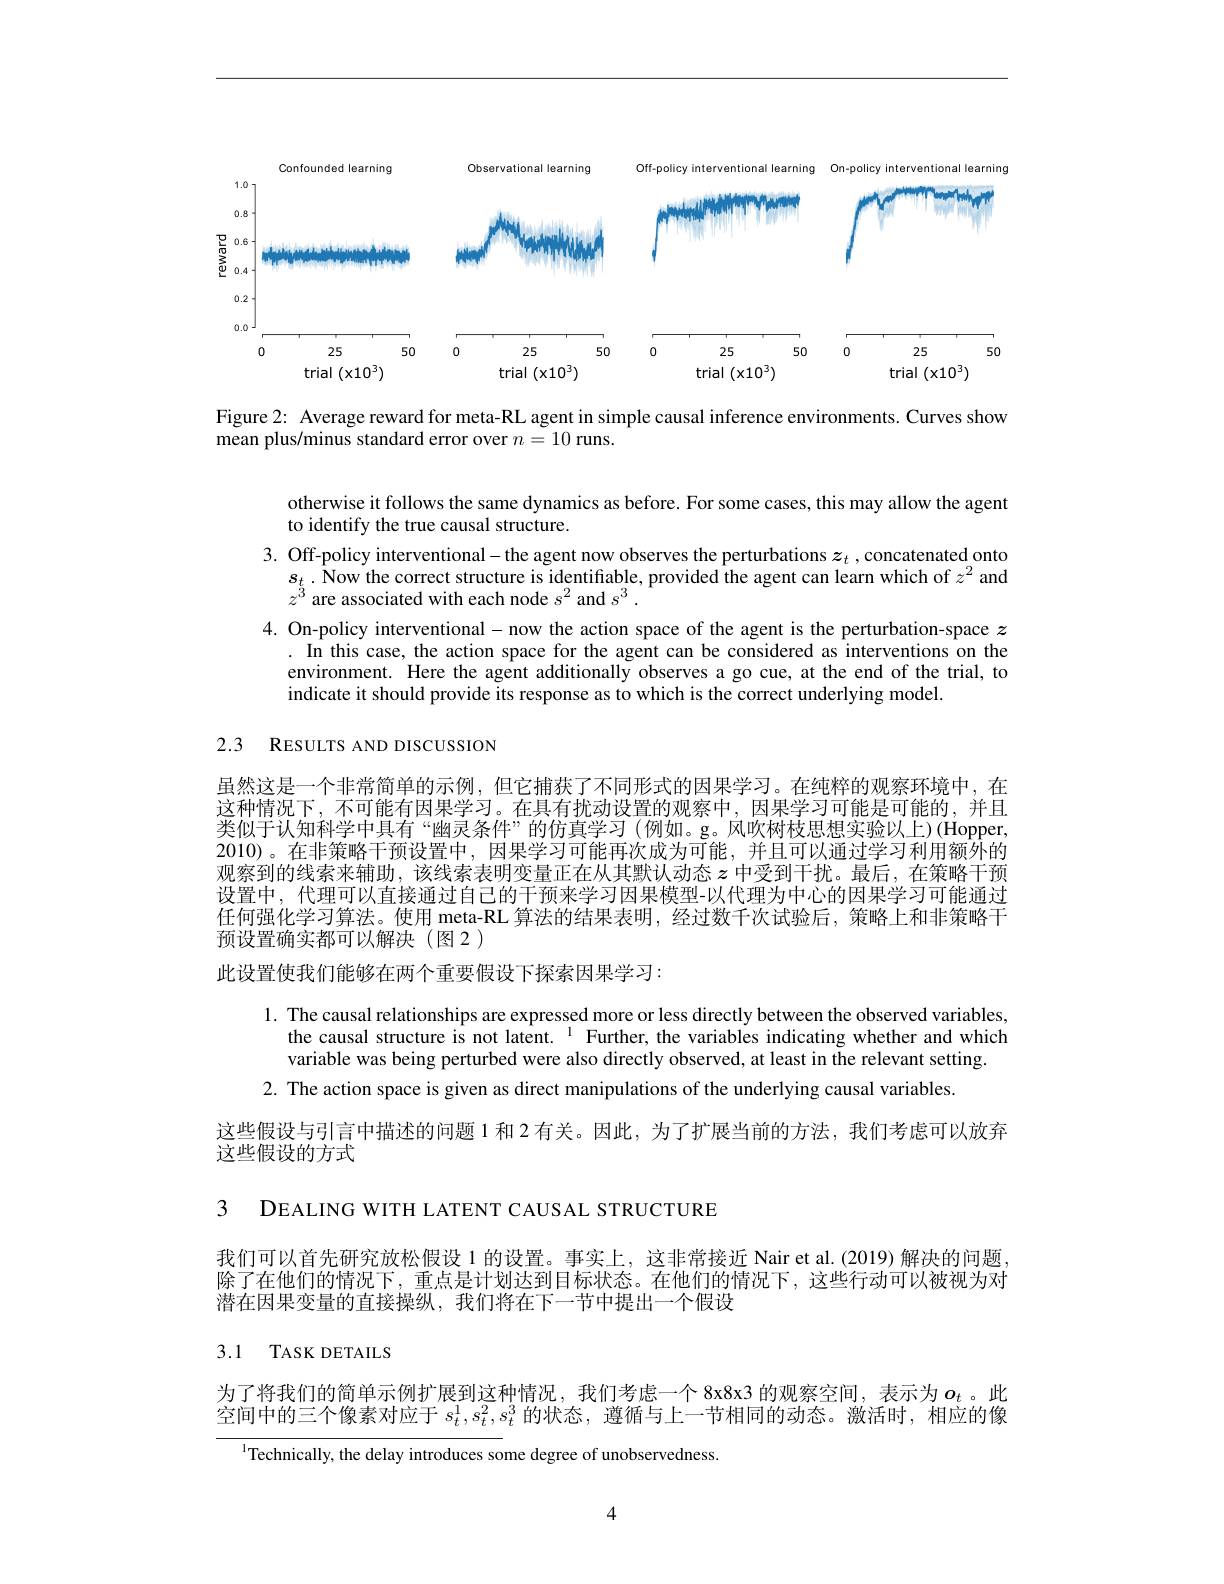
<FigureHere>

Figure 2: Average reward for meta-RL agent in simple causal inference environments. Curves show
mean plus/minus standard error over $n=10$ runs.

otherwise it follows the same dynamics as before. For some cases, this may allow the agent
to identify the true causal structure.
3. Off-policy interventional- the agent now observes the perturbations $z_t$,concatenated onto
$s_{t_{3}}.$ Now the correct structure is identifiable, provided the agent can learn which of $z^2$ and
$z^{3}$ are associated with each node $s^2$ and $s^3.$
4. On-policy interventional- now the action space of the agent is the perturbation-space $z$
. In this case, the action space for the agent can be considered as interventions on the environment. Here the agent additionally observes a go cue, at the end of the trial, to indicate it should provide its response as to which is the correct underlying model.

2.3 RESULTS AND DISCUSSION

虽然这是一个非常简单的示例，但它捕获了不同形式的因果学习。在纯粹的观察环境中，在这种情况下，不可能有因果学习。在具有扰动设置的观察中，因果学习可能是可能的，并且类似于认知科学中具有“幽灵条件”的仿真学习(例如。g。风吹树枝思想实验以上)(Hopper, 2010)。在非策略干预设置中，因果学习可能再次成为可能，并且可以通过学习利用额外的观察到的线索来辅助，该线索表明变量正在从其默认动态$z$中受到干扰。最后，在策略干预设置中，代理可以直接通过自己的干预来学习因果模型-以代理为中心的因果学习可能通过任何强化学习算法。使用 meta-RL 算法的结果表明，经过数千次试验后，策略上和非策略干预设置确实都可以解决(图2)
此设置使我们能够在两个重要假设下探索因果学习：

1. The causal relationships are expressed more or less directly between the observed variables,
the causal structure is not latent. $^{1}$ Further, the variables indicating whether and which
variable was being perturbed were also directly observed, at least in the relevant setting.
2. The action space is given as direct manipulations of the underlying causal variables.
这些假设与引言中描述的问题 1 和 2 有关。因此，为了扩展当前的方法，我们考虑可以放弃
这些假设的方式

3 DEALING WITH LATENT CAUSAL STRUCTURE

我们可以首先研究放松假设 1 的设置。事实上，这非常接近 Nair et al.(2019) 解决的问题. 除了在他们的情况下，重点是计划达到目标状态。在他们的情况下，这些行动可以被视为对潜在因果变量的直接操纵，我们将在下一节中提出一个假设

## 3.1 TASK DETAILS

为了将我们的简单示例扩展到这种情况，我们考虑一个 8x8x3 的观察空间，表示为$o_t$ 。此空间中的三个像素对应于$s_t^1,s_t^2,s_t^3$的状态，遵循与上一节相同的动态。激活时，相应的像
$^{\mathrm{I}}$Technically, the delay introduces some degree of unobservedness.

4